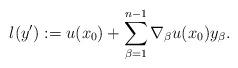
LaTeX: \begin{align*}l (y') := u (x_0) + \sum_{\beta = 1}^{n-1} \nabla_\beta u (x_0) y_\beta.\end{align*}